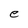
Character: e